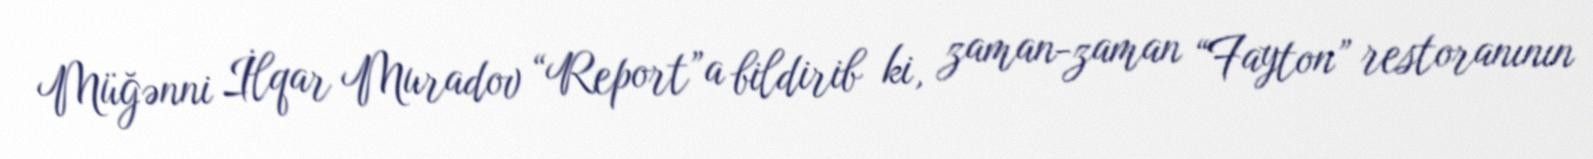
Müğənni İlqar Muradov “Report”a bildirib ki, zaman-zaman “Fayton” restoranının